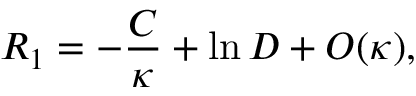
R _ { 1 } = - { \frac { C } { \kappa } } + \ln D + O ( \kappa ) ,